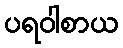
ပရဝါစာယ